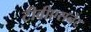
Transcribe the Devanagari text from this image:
टीवीएसनेट